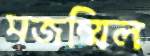
মজম্মিল